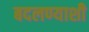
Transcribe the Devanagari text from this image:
बदलण्याशी